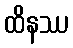
ထိနဿ